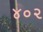
૪૦૨